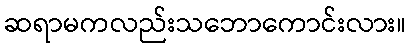
ဆရာမကလည်းသဘောကောင်းလား။